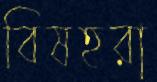
বিষহরা